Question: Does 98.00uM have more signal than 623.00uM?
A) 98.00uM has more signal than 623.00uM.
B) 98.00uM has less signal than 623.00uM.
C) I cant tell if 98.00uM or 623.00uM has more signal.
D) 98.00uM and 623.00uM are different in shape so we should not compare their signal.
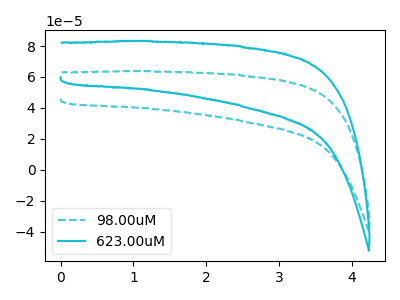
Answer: <think>The cyan dashed curve "98.00uM" has no peaks. The cyan curve "623.00uM" has no peaks.
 Neither "98.00uM" or "623.00uM" have any peaks.</think>
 <answer>C) I cant tell if "98.00uM" or "623.00uM" has more signal.</answer>
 <eval>C</eval>